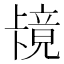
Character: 𫧶